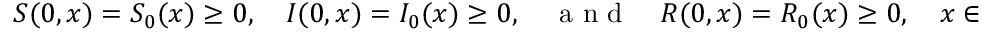
S ( 0 , x ) = S _ { 0 } ( x ) \geq 0 , \quad I ( 0 , x ) = I _ { 0 } ( x ) \geq 0 , \quad \mathrm { ~ a ~ n ~ d ~ } \quad R ( 0 , x ) = R _ { 0 } ( x ) \geq 0 , \quad x \in \mathcal { U } .